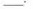
___.